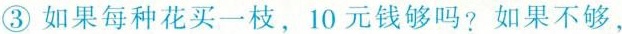
③如果每种花买一枝，10元钱够吗？如果不够，